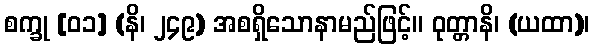
စက္ခု [၀၁] (နိ၊ ၂၄၉) အစရှိသောနာမည်ဖြင့်။ ဝုတ္တာနိ၊ (ယထာ)၊